Vaccination United Provinces of Agra and Oudh 1923-1928 - 1923-1928
Year: 1923
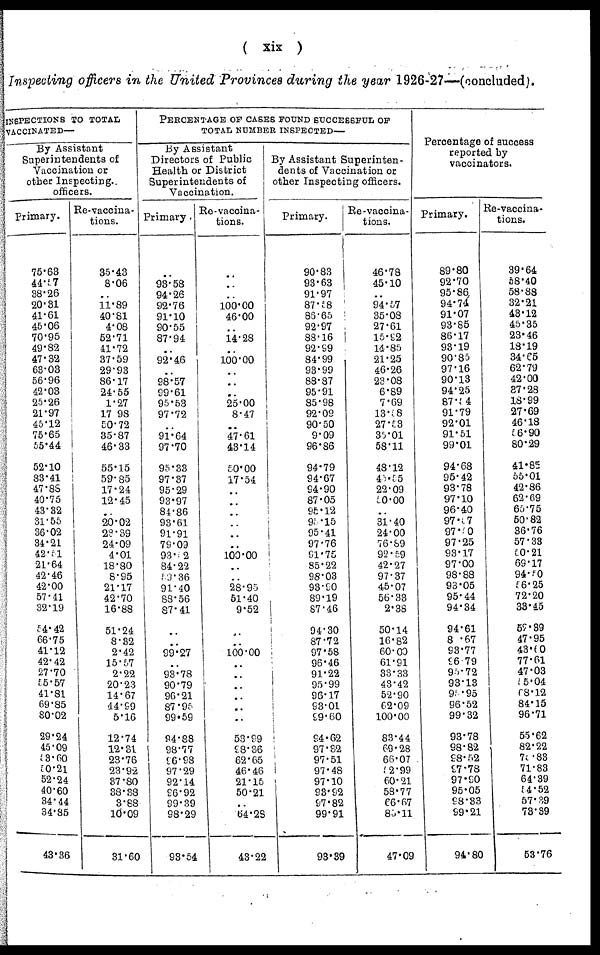
( xix )
Inspecting officers in the United Provinces during the year 1926-27—(concluded).
INSPECTIONS TO TOTAL
VACCINATED—
By Assistant
Superintendents of
Vaccination or
other Inspecting.
officers.
Primary.
75.63
44.57
38.26
20.31
41.61
45.06
70.95
49.82
47.32
63.03
56.96
42.03
25.26
21.97
45.12
75.65
55.44
52.10
83.41
47.88
40.75
43.82
31.55
36.02
34.21
42.51
21.64
42.46
42.00
57.41
32.19
54.42
66.75
41.12
42.42
27.70
55.57
41.81
69.85
80.02
29.24
45.09
53.60
50.21
52.24
40.60
34.44
34.85
43.36
Re-vaccina-
tions.
35.43
8.06
..
11.89
40.81
4.08
52.71
41.72
37.59
29.93
86.17
24.55
1.27
17.98
50.72
35.87
46.33
55.15
59.85
17.24
12.45
..
20.02
23.39
24.09
4.01
18.80
8.95
21.17
42.70
16.88
51.24
8.32
2.42
15.57
2.22
20.23
14.67
44.99
5.16
12.74
12.31
23.76
23.92
37.80
38.38
3.88
10.09
31.60
PERCENTAGE OF CASES FOUND SUCCESSFUL OF
TOTAL NUMBER INSPECTED—
By Assistant
Directors of Public
Health or District
Superintendents of
Vaccination.
Primary .
..
93.58
94.26
92.76
91.10
90.55
87.94
..
92.46
..
98.57
99.61
95.53
97.72
..
91.64
97.70
95.33
97.37
95.29
93.97
84.86
93.61
91.91
79.09
93.52
84.22
53.36
91.40
88.56
87.41
..
..
99.27
..
93.78
90.79
96.21
87.95
99.59
94.88
98.77
96.98
97.29
92.14
96.92
99.39
98.29
93.54
Re-vaccina-
tions.
..
..
..
100.00
46.00
..
14.28
..
100.000
..
..
..
25.00
8.47
..
47.61
43.14
50.00
17.54
..
..
..
..
..
..
100.00
..
..
28.95
51.40
9.52
..
..
100.00
..
..
..
..
..
..
53.99
98.36
62.65
46.46
21.15
50.21
..
64.28
43.22
By Assistant Superinten-
dents of Vaccination or
other Inspecting officers.
Primary.
90.83
93.63
91.97
87.58
86.65
92.97
88.16
92.99
84.99
93.99
88.87
95.91
85.98
92.09
90.50
9.09
96.86
94.79
94.67
94.90
87.05
95.12
95.15
95.41
97.76
91.75
85.22
98.03
93.90
89.19
87.46
94.30
87.72
97.58
96.46
91.22
95.99
96.17
93.01
99.60
94.62
97.32
97.51
97.48
97.10
93.92
97.82
99.91
93.89
Re-vaccina-
tions.
46.78
45.10
..
94.57
35.08
27.61
15.92
14.85
21.25
46.26
23.08
6.89
7.69
13.08
27.53
35.01
58.11
48.12
45.55
22.09
50.00
..
31.40
24.00
76.89
92. 59
42.27
97.37
45.07
56.33
2.38
50.14
16.82
60.00
61.91
33.33
43.42
52.90
62.09
100.00
83.44
69.28
66.07
52.99
60.21
58.77
66.67
85.11
47.09
Percentage of success
reported by
vaccinators.
Primary.
89.80
92.70
95.86
94.74
91.07
93.85
86.17
93.19
90.85
97.16
90.13
94.25
87.54
91.79
92.01
91.51
99.01
94.68
95.42
93.78
97.10
96.40
97.57
97.90
97.25
93.17
97.00
98.88
93.05
95.44
94.34
94.61
8 .67
93.77
96.79
95.72
93.13
95.95
96.52
99.32
93.78
98.82
98.52
97.78
97.90
95.05
98.33
99.21
94.80
Re-vaccina-
tions.
39.64
58.40
58.88
32.21
43.12
45.35
23.46
18.19
34.65
62.79
42.00
37.28
18.99
27.69
46.18
56.90
80.29
41.85
55.01
42.86
62.69
65.75
50.82
36.76
57.33
50.21
69.17
94.50
56.25
72.20
33.45
52.39
47.95
43.60
77.61
47.03
55.04
68.12
84.15
96.71
55.62
82.22
75.83
71.83
64.39
54.52
57.39
73.39
53.76